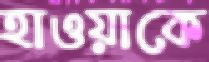
হাওয়াকে